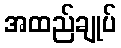
အထည်ချုပ်